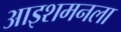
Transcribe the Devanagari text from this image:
आइशमनला